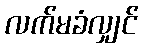
လက်မခံလျှင်